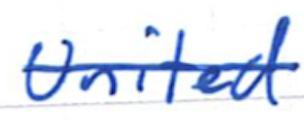
Text: United
Cross-out: single-line
Writing tool: ballpoint